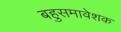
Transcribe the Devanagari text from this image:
बहुसमावेशक